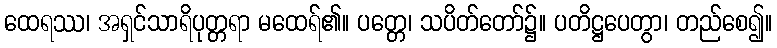
ထေရဿ၊ အရှင်သာရိပုတ္တရာ မထေရ်၏။ ပတ္တေ၊ သပိတ်တော်၌။ ပတိဋ္ဌပေတွာ၊ တည်စေ၍။